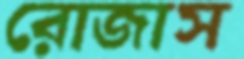
রোজাস